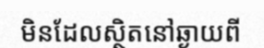
មិនដែលស្ថិតនៅឆ្ងាយពី